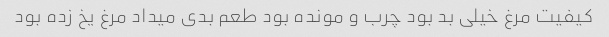
کیفیت مرغ خیلی بد بود چرب و مونده بود طعم بدی میداد مرغ یخ زده بود